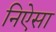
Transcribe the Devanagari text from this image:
निऐसा